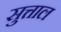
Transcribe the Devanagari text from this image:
सुत्ताल